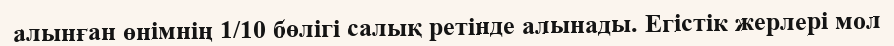
алынған өнімнің 1/10 бөлігі салық ретінде алынады. Егістік жерлері мол